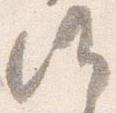
候